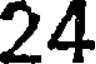
24